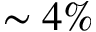
\sim 4 \%